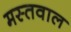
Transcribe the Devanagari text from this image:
मस्तवाल